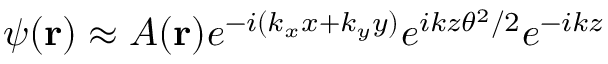
\psi ( \mathbf { r } ) \approx A ( \mathbf { r } ) e ^ { - i ( k _ { x } x + k _ { y } y ) } e ^ { i k z \theta ^ { 2 } / 2 } e ^ { - i k z }